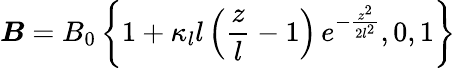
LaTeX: \boldsymbol{B}=B_{0}\left\{ 1+\kappa_{l}l\left(\frac{z}{l}-1\right)\, e^{-\frac{z^{2}}{2l^{2}}},0,1\right\}